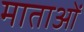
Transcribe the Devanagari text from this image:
माताआें